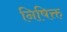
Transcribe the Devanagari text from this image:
निषिक्त